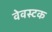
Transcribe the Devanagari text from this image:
वेवस्टक